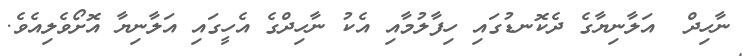
ނާހިދް  އަލާނިޔާގެ ދެކޮނޑުގައި ހިފާލުމާއި އެކު ނާހިދްގެ އެހީގައި އަލާނިޔާ އޮށޯވެލިއެވެ.